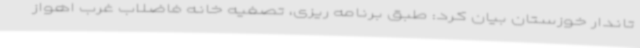
تاندار خوزستان بیان کرد: طبق برنامه ریزی، تصفیه خانه فاضلاب غرب اهواز